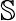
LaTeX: \mathbb{S}